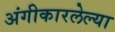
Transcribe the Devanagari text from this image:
अंगीकारलेल्या